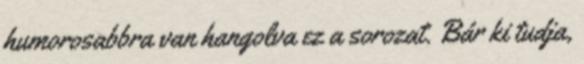
humorosabbra van hangolva ez a sorozat. Bár ki tudja,